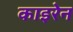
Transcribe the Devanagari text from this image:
काइरेन